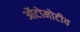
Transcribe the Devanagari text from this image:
ऑटोमोटीव